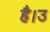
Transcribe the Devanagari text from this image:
है।उ